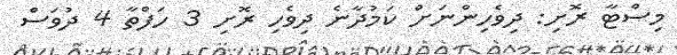
މިސްޓާ ރޮށި: ދިވެހިންނަށް ކަމުދާނެ ދިވެހި ރޮށި 3 ހަފްތާ 4 ދުވަސް